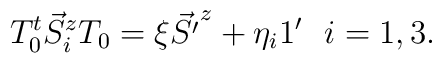
T_0^{t} \vec{S}^z_i T_0 =    \xi  \vec{S' }^z  +\eta_i 1'   \ \ i = 1,3.